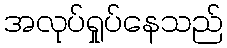
အလုပ်ရှုပ်နေသည်